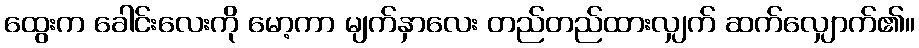
ထွေးက ခေါင်းလေးကို မော့ကာ မျက်နှာလေး တည်တည်ထားလျှက် ဆက်လျှောက်၏။